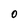
Character: O